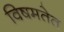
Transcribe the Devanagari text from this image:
विषमतेत